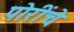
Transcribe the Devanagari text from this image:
पोरींचे